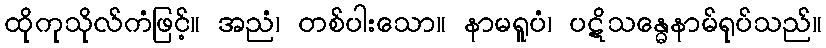
ထိုကုသိုလ်ကံဖြင့်။ အညံ၊ တစ်ပါးသော။ နာမရူပံ၊ ပဋိသန္ဓေနာမ်ရုပ်သည်။